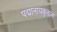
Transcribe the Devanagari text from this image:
पद्मानायकुलाना